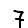
Digit: 7